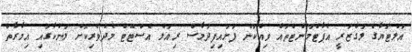
އަލްޓަޔާގެ ލަގްޒަރީ އެޕާޓްމަންޓްތައް ވިއްކަން ފަށައިފިދަމާސް ރިއަލް އެސްޓޭޓް މެދުވެރިކޮށް ލަންކާގައި އިމާރާތް